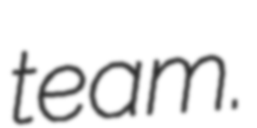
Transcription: team.